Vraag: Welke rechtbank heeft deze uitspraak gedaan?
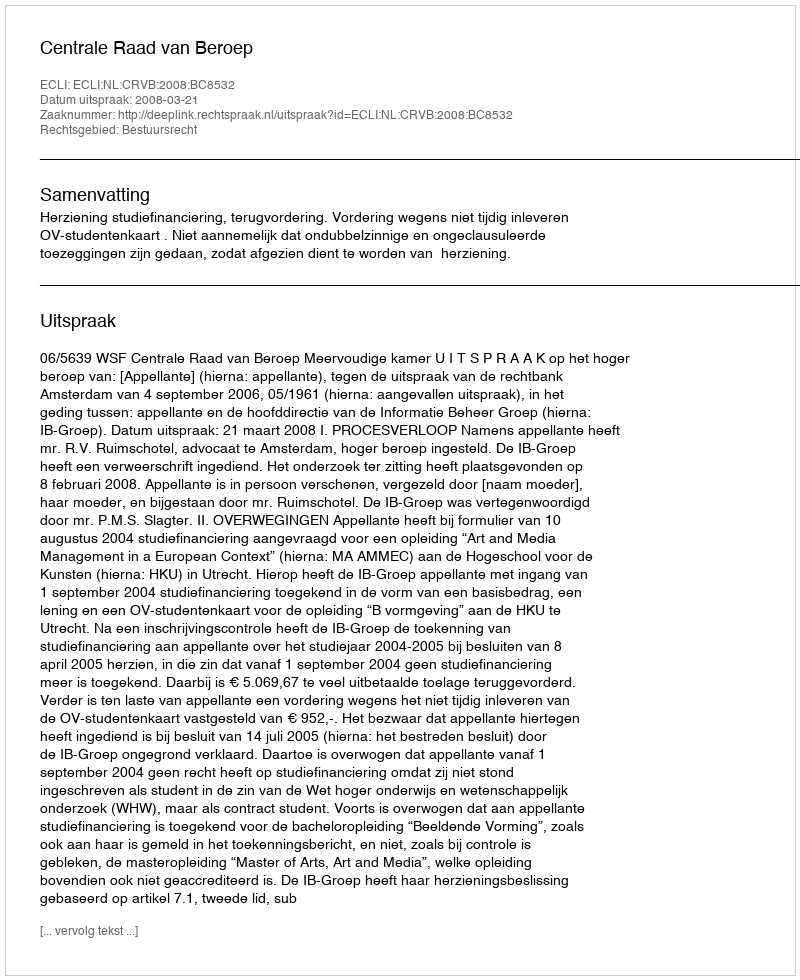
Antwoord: Centrale Raad van Beroep